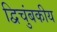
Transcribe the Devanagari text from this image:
द्विचुंबकीय